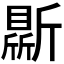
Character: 𣃊